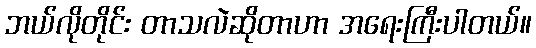
ဘယ်လိုတိုင်း တာသလဲဆိုတာဟာ အရေးကြီးပါတယ်။